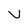
Character: U